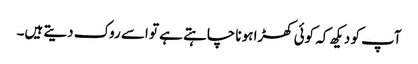
آپ کو دیکھ کہ کوئی کھڑا ہونا چاہتے ہے تو اسے روک دیتے ہیں۔